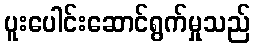
ပူးပေါင်းဆောင်ရွက်မှုသည်